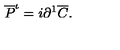
\overline { P } ^ { \iota } = i \partial ^ { 1 } \overline { C } .